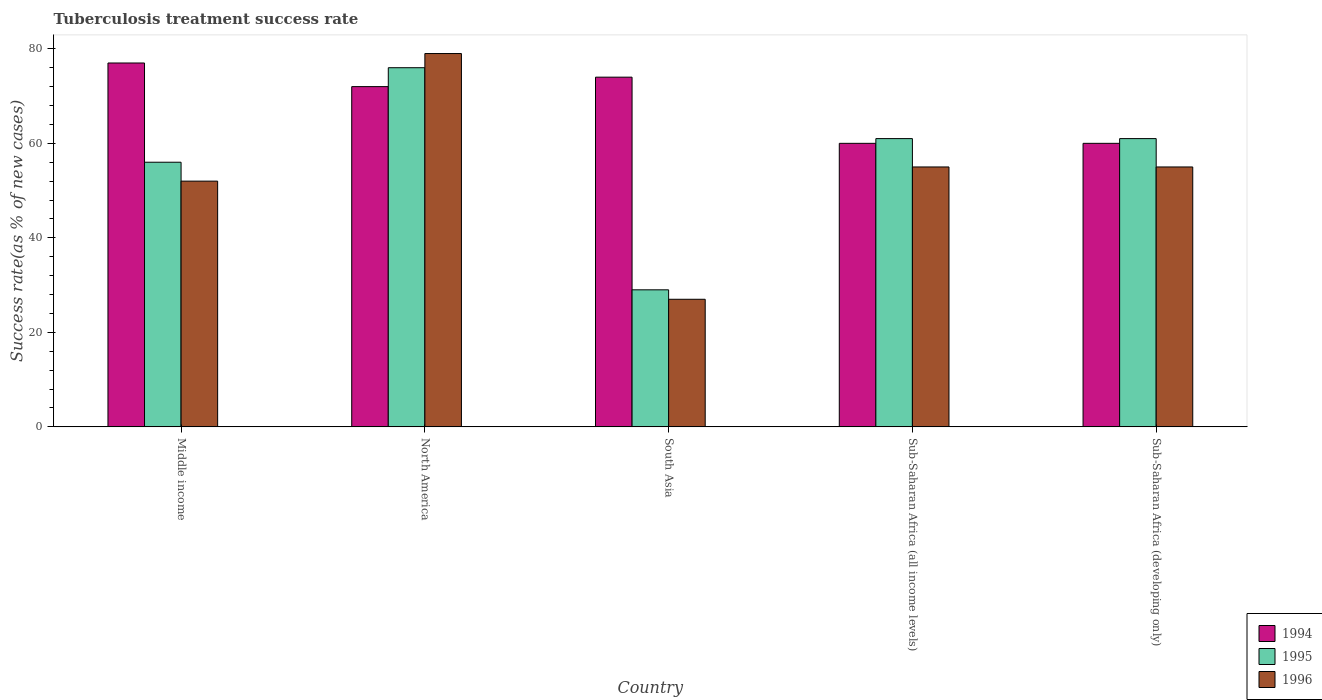
| Country | 1994 | 1995 | 1996 |
 | --- | --- | --- | --- |
 | Middle income | 77 | 56 | 52 |
 | North America | 72 | 76 | 79 |
 | South Asia | 74 | 29 | 27 |
 | Sub-Saharan Africa (all income levels) | 60 | 61 | 55 |
 | Sub-Saharan Africa (developing only) | 60 | 61 | 55 |